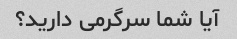
آیا شما سرگرمی دارید؟